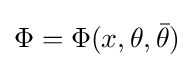
\Phi =\Phi (x,\theta ,{\bar {\theta }})